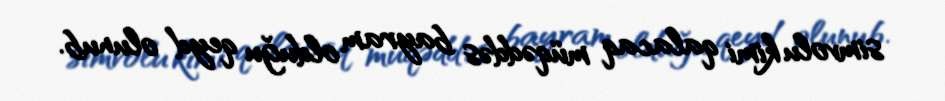
simvolu kimi qalacaq müqəddəs bayram olduğu qeyd olunub.